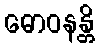
ဓောဝနန္တိ